Indian journal of veterinary science and animal husbandry - Volume 2,
Year: 1932
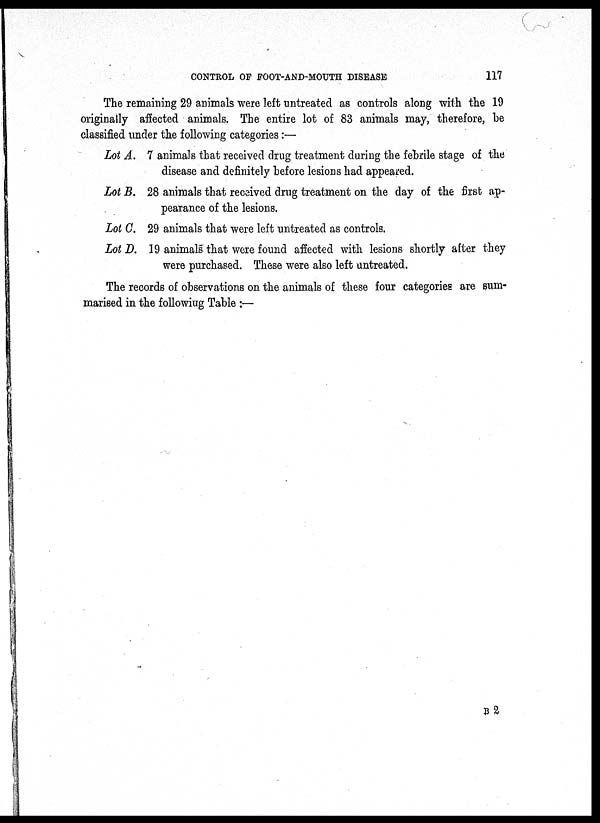
CONTROL OF FOOT-AND-MOUTH DISEASE
117
The remaining 29 animals were left untreated as controls along with the 19
originally affected animals. The entire lot of 83 animals may, therefore, be
classified under the following categories :—
Lot A. 7 animals that received drug treatment during the febrile stage of the
disease and definitely before lesions had appeared.
Lot B. 28 animals that received drug treatment on the day of the first ap-
pearance of the lesions.
Lot C. 29 animals that were left untreated as controls.
Lot D. 19 animals that were found affected with lesions shortly after they
were purchased. These were also left untreated.
The records of observations on the animals of these four categories are sum-
marised in the following Table :—
B 2